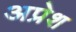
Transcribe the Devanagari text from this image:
अप्रेश